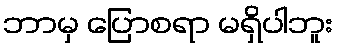
ဘာမှ ပြောစရာ မရှိပါဘူး